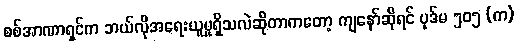
စစ်အာဏာရှင်က ဘယ်လိုအရေးယူမှုရှိသလဲဆိုတာကတော့ ကျနော်ဆိုရင် ပုဒ်မ ၅၀၅ (က)